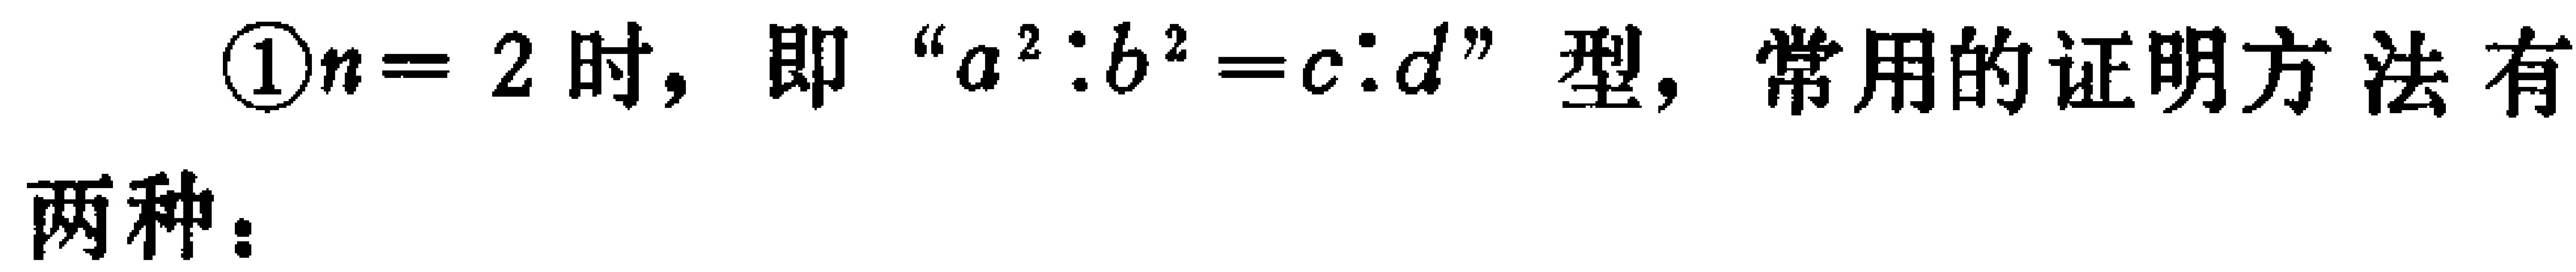
\textcircled{1}$n = 2$时，即“$a^{2}:b^{2}=c:d$”型，常用的证明方法有

两种：